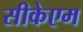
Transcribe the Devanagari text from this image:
सीकेएम